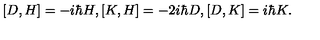
[ D , H ] = - i \hbar H , [ K , H ] = - 2 i \hbar D , [ D , K ] = i \hbar K .